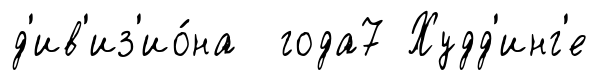
д'ив'из'ио́на года7 Худд'инг'е